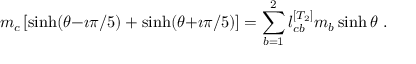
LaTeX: m _ { c } \left[ \sinh ( \theta { - } \imath \pi / 5 ) + \sinh ( \theta { + } \imath \pi / 5 ) \right] = \sum _ { b = 1 } ^ { 2 } l _ { c b } ^ { [ T _ { 2 } ] } m _ { b } \sinh \theta ~ .